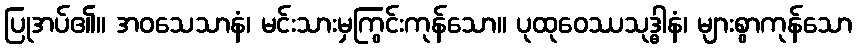
ပြုအပ်၏။ အဝသေသာနံ၊ မင်းသားမှကြွင်းကုန်သော။ ပုထုဝေဿသုဒ္ဓါနံ၊ များစွာကုန်သော